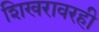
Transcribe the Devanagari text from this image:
शिखरावरही